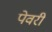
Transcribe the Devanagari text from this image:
पेवरी